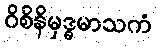
ဝိစိနိမှဒ္ဓမာသကံ